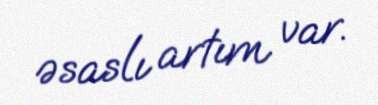
əsaslı artım var.